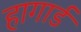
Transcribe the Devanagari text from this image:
हागार्ड